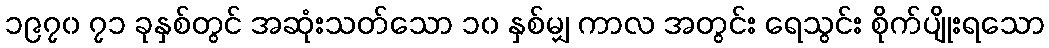
၁၉၇၀ ၇၁ ခုနှစ်တွင် အဆုံးသတ်သော ၁၀ နှစ်မျှ ကာလ အတွင်း ရေသွင်း စိုက်ပျိုးရသော